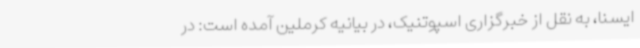
ایسنا، به نقل از خبرگزاری اسپوتنیک، در بیانیه کرملین آمده است: در